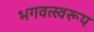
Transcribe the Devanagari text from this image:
भगवत्स्वरूप